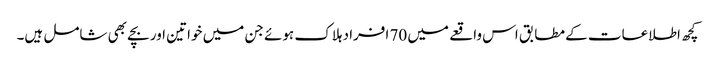
کچھ اطلاعات کے مطابق اس واقعے میں 70 افراد ہلاک ہوئے جن میں خواتین اور بچے بھی شامل ہیں۔